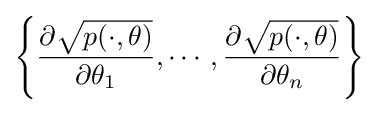
\left\{{\frac {\partial {\sqrt {p(\cdot ,\theta )}}}{\partial \theta _{1}}},\cdots ,{\frac {\partial {\sqrt {p(\cdot ,\theta )}}}{\partial \theta _{n}}}\right\}